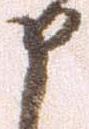
申